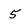
Character: 5